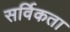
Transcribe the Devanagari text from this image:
सर्विकता